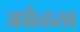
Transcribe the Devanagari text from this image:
आोळख